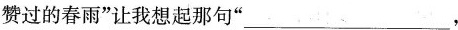
赞过的春雨“让我想起那句”___,